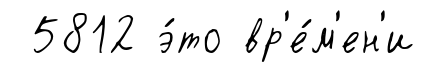
5812 э́то вр'е́м'ен'и